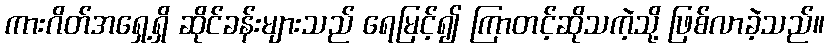
ကားဂိတ်အရှေ့ရှိ ဆိုင်ခန်းများသည် ရေမြင့်၍ ကြာတင့်ဆိုသကဲ့သို့ ဖြစ်လာခဲ့သည်။